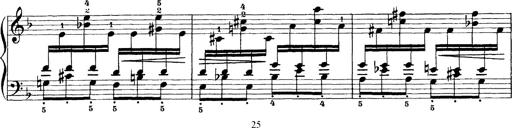
Title: Scherzo und Marsch
Composer: Franz Liszt